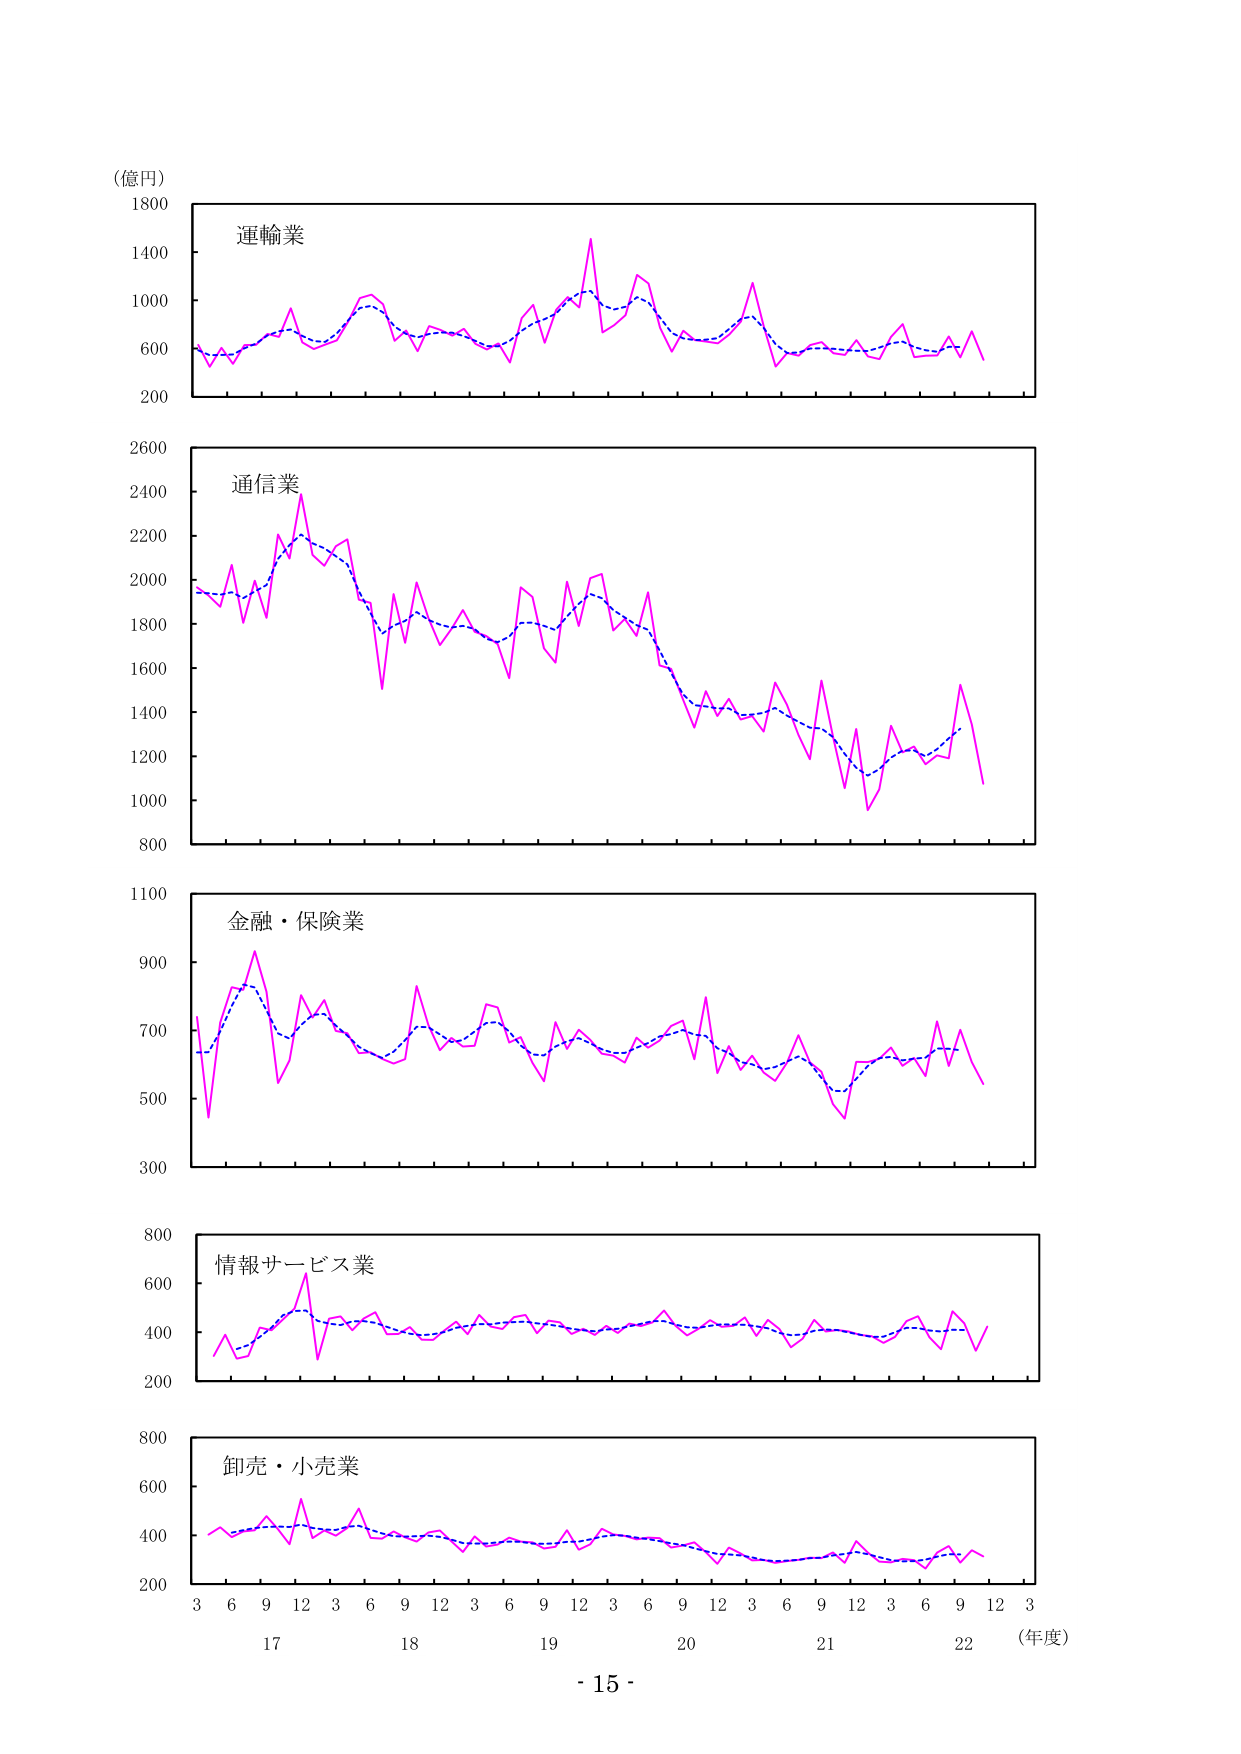
（億円）
1800
運輸業
1400
1000
600
200
2600
通信業
2400
2200
2000
1800
1600
1400
1200
1000
800
1100
金融・保険業
900
700
500
300
800
情報サービス業
600
400
200
800
卸売・小売業
600
400
200
3 6 9 12 3 6 9 12 3 6 9 12 3 6 9 12 3 6 9 12 3 6 9 12 3
17 18 19 20 21 22 （年度）
- 15 -